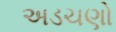
અડચણો